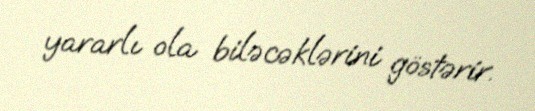
yararlı ola biləcəklərini göstərir.